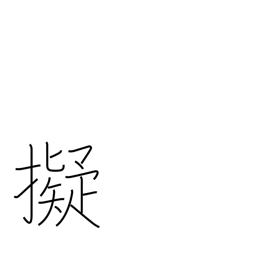
Meaning: aim (a gun) at